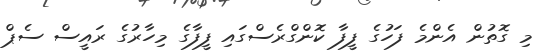
މި ގޮތުން އެންމެ ފަހުގެ ފީފާ ކޮންގްރެސްގައި ފީފާގެ މިހާރުގެ ރައީސް ސެޕް